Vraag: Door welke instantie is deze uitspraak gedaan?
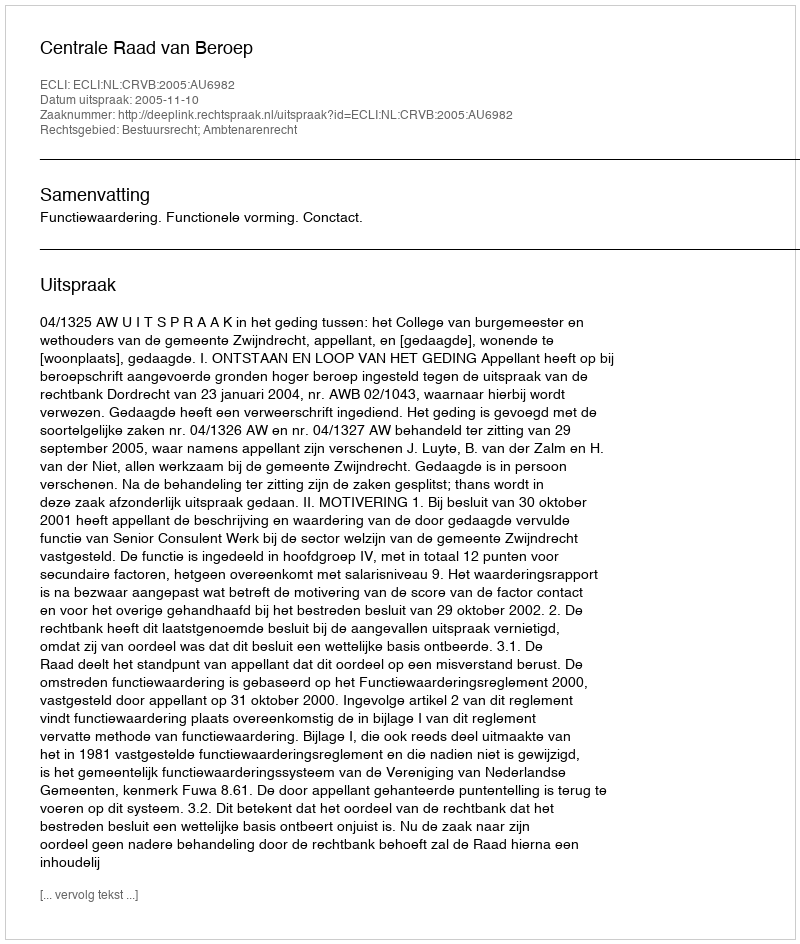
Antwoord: Centrale Raad van Beroep